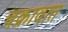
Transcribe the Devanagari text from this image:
चक्रावात